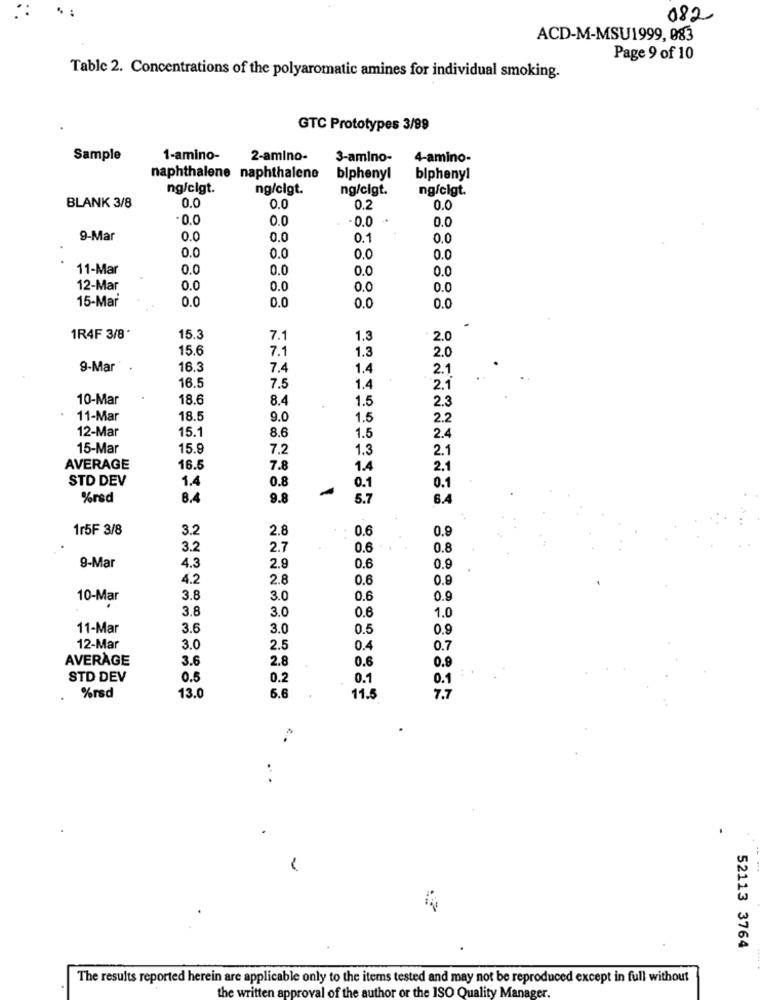
082
ACD-M-MSU1999, 083
Page 9 of 10
Table 2. Concentrations of the polyaromatic amines for individual smoking.
GTC Prototypes 3/99
Sample
1-amino-
2-amino-
3-amino-
4-amino-
naphthalene naphthalene
biphenyl
biphenyl
ng/clgt.
ng/cigt.
ng/cigt.
ng/cigt.
BLANK 3/8
0.0
0.0
0.2
0.0
0.0
- 0.0
0.0
9-Mar
0.0
0.0
0.1
0.0
0.0
0.0
0.0
0.0
11-Mar
0.0
0.0
0.0
0.0
12-Mar
0.0
0.0
0.0
0.0
15-Mar
0.0
0.0
0.0
0.0
1R4F 3/8
15.3
7.1
1.3
2.0
15.6
7.1
1.3
2.0
9-Mar
16.3
7.4
1.4
2.1
16.5
7.5
1.4
2.1
10-Mar
18.6
8.4
1.5
2.3
11-Mar
18.5
9.0
1.5
2.2
12-Mar
15.1
8.6
1.5
2.4
15-Mar
15.9
7.2
1.3
2.1
AVERAGE
16.5
7.8
1.4
2.1
STD DEV
1.4
0.8
0.1
0.1
%rsd
8.4
9.8
5.7
6.4
1r5F 3/8
3.2
2.8
0.6
0.9
3.2
2.7
0.6
0.8
9-Mar
4,3
0.6
0.9
2.9
4.2
2.8
0.6
0.9
10-Mar
3.8
3.0
0.6
0.9
3.8
3.0
0.6
1.0
11-Mar
3.6
3.0
0.5
0.9
12-Mar
3.0
2.5
0.4
0.7
AVERAGE
3.6
2.8
0.6
0.9
STD DEV
0.5
0.2
0.1
0.1
6.6
%rsd
13.0
11.5
7.7
52113 3764
The results reported herein are applicable only to the items tested and may not be reproduced except in full without
the written approval of the author or the ISO Quality Manager.